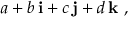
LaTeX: a + b \, \mathbf { i } + c \, \mathbf { j } + d \, \mathbf { k } \ ,